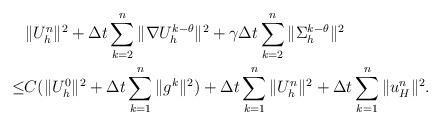
LaTeX: \begin{align*}&\|U_h^{n}\|^2+\Delta t\sum_{k=2}^n\|\nabla U_h^{k-\theta}\|^2+\gamma\Delta t\sum_{k=2}^n\|\Sigma_h^{k-\theta}\|^2\\\leq& C(\|U_h^{0}\|^2+\Delta t\sum_{k=1}^n\|g^{k}\|^2)+\Delta t\sum_{k=1}^n\|U_h^{n}\|^2+\Delta t\sum_{k=1}^n\|u_H^{n}\|^2.\end{align*}